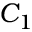
C _ { 1 }